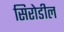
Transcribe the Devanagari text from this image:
सिरोडील